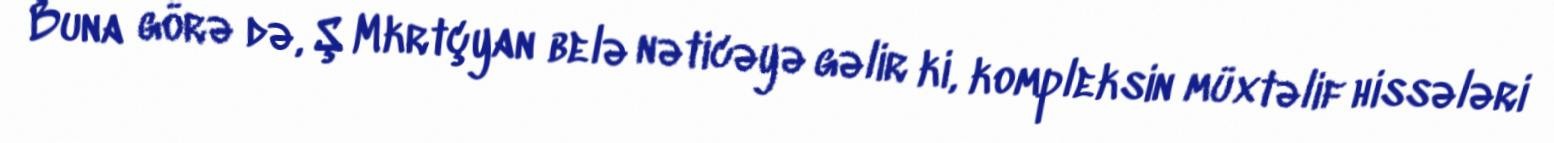
Buna görə də, Ş Mkrtçyan belə nəticəyə gəlir ki, kompleksin müxtəlif hissələri